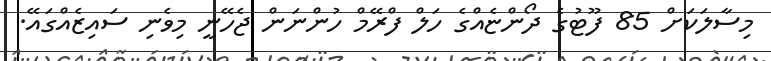
މިސާލަކަށް 85 ފޫޓުގެ ދޯންޏެއްގެ ހަލް ފްރޭމް ހުންނަން ޖެހޭނީ މިވެނި ސައިޒެއްގައޭ.